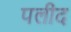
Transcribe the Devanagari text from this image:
पलीद